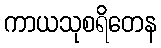
ကာယသုစရိတေန